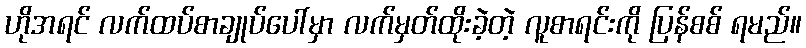
ဟိုအရင် လက်ထပ်စာချုပ်ပေါ်မှာ လက်မှတ်ထိုးခဲ့တဲ့ လူစာရင်းကို ပြန်စစ် ရမည်။